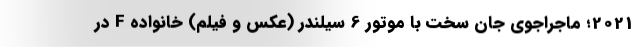
2021؛ ماجراجوی جان سخت با موتور 6 سیلندر (عکس و فیلم) خانواده F در